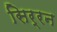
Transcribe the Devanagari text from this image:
सिर्रन